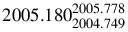
2 0 0 5 . 1 8 0 _ { 2 0 0 4 . 7 4 9 } ^ { 2 0 0 5 . 7 7 8 }